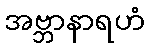
အဗ္ဘာနာရဟံ